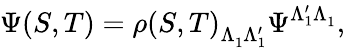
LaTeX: \Psi(S,T)=\rho(S,T)_{\Lambda_{1}^{\phantom{'}}\Lambda_{1}^{\prime}}\Psi^{\Lambda_{1}^{\prime}\Lambda_{1}^{\phantom{'}}},